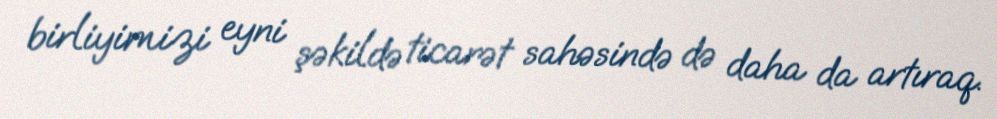
birliyimizi eyni şəkildə ticarət sahəsində də daha da artıraq.